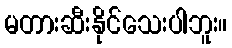
မတားဆီးနိုင်သေးပါဘူး။